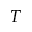
T